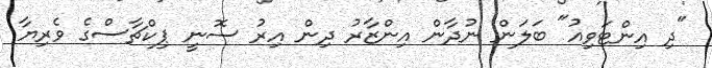
"ދި އިންޓަވިއު" ބަލަން ނުދާން އިންޒާރު ދިން އިރު ސޮނީ ޕިކްޗާސްގެ ވެރިޔާ